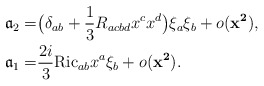
\begin{align*}\begin{aligned}{\mathfrak a}_{2} =& \bigl( \delta _{ab} + \frac{1}{3} R_{acbd} x^{c} x^{d}\bigr) \xi _{a} \xi _{b} + o({\mathbf{x^{2}}}),\\{\mathfrak a}_{1} = & \frac{2i}{3} \mathrm{Ric}_{ab} x^{a} \xi _{b} + o({\mathbf{x^{2}}}).\end{aligned}\end{align*}